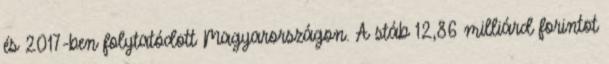
és 2017-ben folytatódott Magyarországon. A stáb 12,86 milliárd forintot